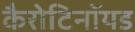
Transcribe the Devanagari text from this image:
कैरोटिनॉयड